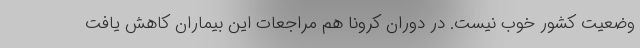
وضعیت کشور خوب نیست. در دوران کرونا هم مراجعات این بیماران کاهش یافت